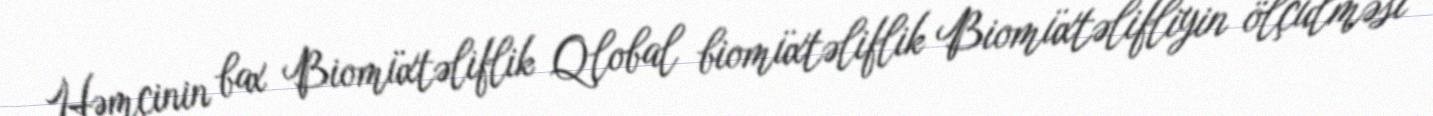
Həmçinin bax Biomüxtəliflik Qlobal biomüxtəliflik Biomüxtəlifliyin ölçülməsi